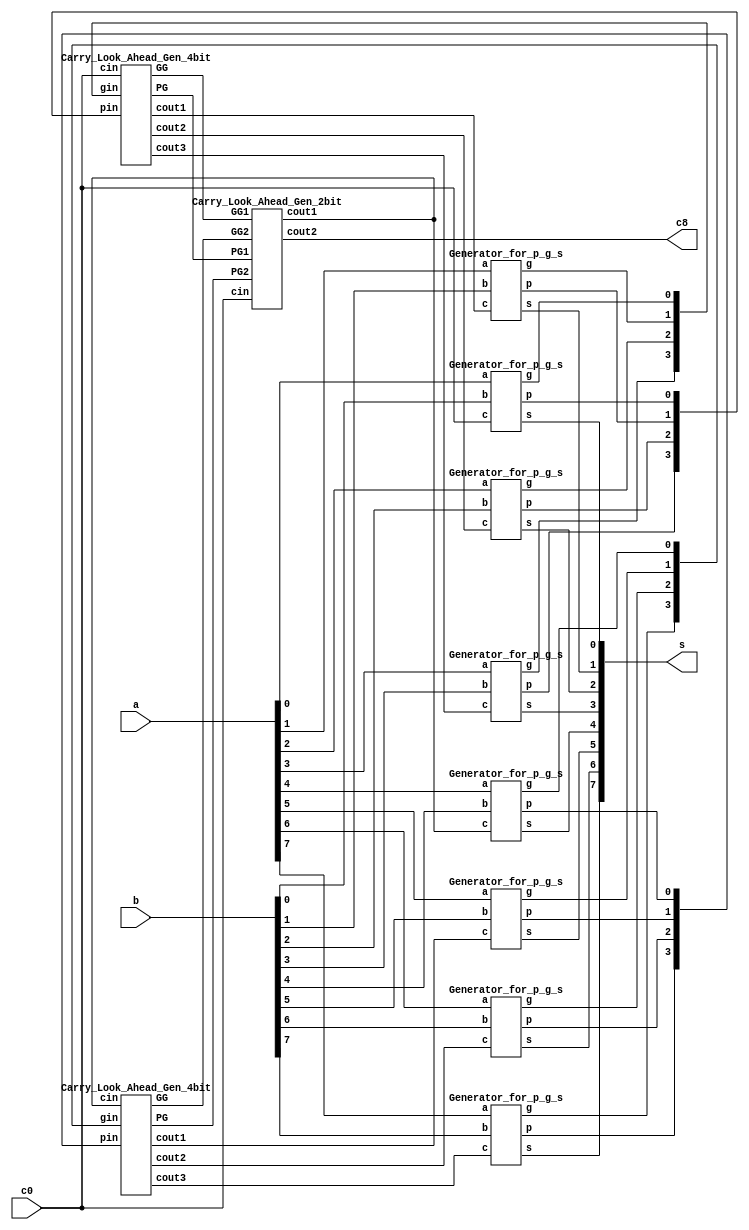
`timescale 1ns/1ps

module Carry_Look_Ahead_Adder_8bit(a, b, c0, s, c8);
input [8-1:0] a, b;
input c0;
output [8-1:0] s;
output c8;
wire [8-1:0] p, g;
wire c1, c2, c3, c4, c5, c6, c7;
wire g03, g47, p03, p47;
Generator_for_p_g_s g0(a[0], b[0], c0, p[0], g[0], s[0]);
Generator_for_p_g_s g1(a[1], b[1], c1, p[1], g[1], s[1]);
Generator_for_p_g_s g2(a[2], b[2], c2, p[2], g[2], s[2]);
Generator_for_p_g_s g3(a[3], b[3], c3, p[3], g[3], s[3]);
Generator_for_p_g_s g4(a[4], b[4], c4, p[4], g[4], s[4]);
Generator_for_p_g_s g5(a[5], b[5], c5, p[5], g[5], s[5]);
Generator_for_p_g_s g6(a[6], b[6], c6, p[6], g[6], s[6]);
Generator_for_p_g_s g7(a[7], b[7], c7, p[7], g[7], s[7]);

Carry_Look_Ahead_Gen_4bit cla0(p[3:0], g[3:0], c0, c1, c2, c3, p03, g03);
Carry_Look_Ahead_Gen_4bit cla1(p[7:4], g[7:4], c4, c5, c6, c7, p47, g47);

Carry_Look_Ahead_Gen_2bit cla2(p03, p47, g03, g47, c0, c4, c8);

endmodule
//PG : group propagate
//GG : group generate
module Carry_Look_Ahead_Gen_4bit(pin, gin, cin, cout1, cout2, cout3, PG, GG);
input [4-1:0] pin, gin;
input cin;
output cout1, cout2, cout3;
output PG, GG;
wire [3-1:0] t_c;
wire p0c0, p1c1, p2c2;
wire g2p3, g1p3p2, g0p3p2p1;
//c1 = g0 + p0c0
And_gate a0(p0c0, pin[0], cin);
Or_gate o0(t_c[0], gin[0], p0c0);
//c2 = g1 + p1c1 = g1 + p1(g0 + p0c0)
And_gate a1(p1c1, pin[1], t_c[0]);
Or_gate o1(t_c[1], gin[1], p1c1);
//c3 = g2 + p2c2 = g2 + p2(g1 + p1(g0 + p0c0))
And_gate a2(p2c2, pin[2], t_c[1]);
Or_gate o2(t_c[2], gin[2], p2c2);

And_gate a3(cout1, t_c[0], t_c[0]);
And_gate a4(cout2, t_c[1], t_c[1]);
And_gate a5(cout3, t_c[2], t_c[2]);
//pg = p0p1p2p3
And_gate_4bit a6(PG, pin[0], pin[1], pin[2], pin[3]);
//gg = g3 + g2p3 + g1p3p2 + g0p3p2p1
And_gate a7(g2p3, gin[2], pin[3]);
And_gate_3bit a8(g1p3p2, gin[1], pin[3], pin[2]);
And_gate_4bit a9(g0p3p2p1, gin[0], pin[3], pin[2], pin[1]);
Or_gate_4bit o3(GG, gin[3], g2p3, g1p3p2, g0p3p2p1);
endmodule

module Carry_Look_Ahead_Gen_2bit(PG1, PG2, GG1, GG2, cin, cout1, cout2);
input PG1, PG2, GG1, GG2, cin;
output cout1, cout2;
wire [2-1:0] t_c;
wire p0c0, p1c1;
//CG (cout group) = gg + pg*cin (the same as c1 in cla_4bit)
//c1 = g0 + p0c0
And_gate a0(p0c0, PG1, cin);
Or_gate o0(t_c[0], GG1, p0c0);
//c2 = g1 + p1c1 = g1 + p1(g0 + p0c0)
And_gate a1(p1c1, PG2, t_c[0]);
Or_gate o1(t_c[1], GG2, p1c1);

And_gate a2(cout1, t_c[0], t_c[0]);
And_gate a3(cout2, t_c[1], t_c[1]);
endmodule

module Generator_for_p_g_s(a, b, c, p, g, s);
input a, b, c;
output p, g, s;
//p = a xor b
Xor_gate o0(p, a, b);
//g = a x b
And_gate a0(g, a, b);
//s = a xor b xor c
Xor_gate x0(s, p, c);
endmodule


module Not_gate(out, in);
input in;
output out;
nand n0(out, in, in);
endmodule

module Or_gate(out, in1, in2);
input in1, in2;
output out;
wire n_in1, n_in2;
Not_gate n0(n_in1, in1);
Not_gate n1(n_in2, in2);
nand n2(out, n_in1, n_in2);
endmodule

module Or_gate_4bit(out, in1, in2, in3, in4);
input in1, in2, in3, in4;
output out;
wire in1_or_in2, in123;
Or_gate a0(in1_or_in2, in1, in2);
Or_gate a1(in123, in3, in1_or_in2);
Or_gate a2(out, in123, in4);
endmodule

module And_gate(out, in1, in2);
input in1, in2;
output out;
wire n_in1, n_in2;
wire n_in1_Or_n_in2;
Not_gate n0(n_in1, in1);
Not_gate n1(n_in2, in2);
Or_gate o0(n_in1_Or_n_in2, n_in1, n_in2);
Not_gate n2(out, n_in1_Or_n_in2);
endmodule

module And_gate_3bit(out, in1, in2, in3);
input in1, in2, in3;
output out;
wire in1_and_in2;
And_gate a0(in1_and_in2, in1, in2);
And_gate a1(out, in3, in1_and_in2);
endmodule

module And_gate_4bit(out, in1, in2, in3, in4);
input in1, in2, in3, in4;
output out;
wire in1_and_in2, in123;
And_gate a0(in1_and_in2, in1, in2);
And_gate a1(in123, in3, in1_and_in2);
And_gate a2(out, in123, in4);
endmodule

module Xor_gate(out, in1, in2);
input in1, in2;
output out;
wire n_in1, n_in2;
wire nin1_in2, in1_nin2;
Not_gate n4(n_in1, in1);
Not_gate n5(n_in2, in2);

And_gate an1(nin1_in2, n_in1, in2);
And_gate an2(in1_nin2, in1, n_in2);
Or_gate o1(out, nin1_in2, in1_nin2);
endmodule